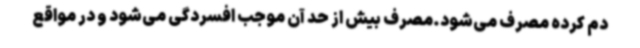
دم کرده مصرف می‌شود.مصرف بیش از حد آن موجب افسردگی می‌شود و در مواقع